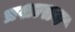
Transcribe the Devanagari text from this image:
प्रशासन